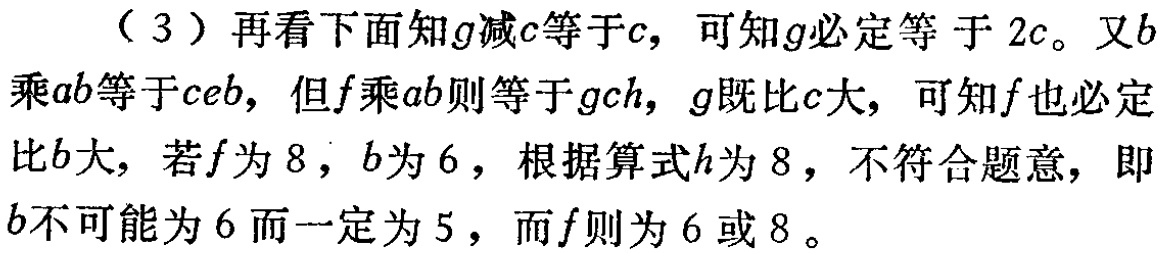
（3）再看下面知\(g\)减\(c\)等于\(c\)，可知\(g\)必定等于 \(2c\)。又\(b\)乘\(ab\)等于\(ceb\)，但\(f\)乘\(ab\)则等于\(gch\)，\(g\)既比\(c\)大，可知\(f\)也必定比\(b\)大，若\(f\)为 \(8\)，\(b\)为 \(6\)，根据算式\(h\)为 \(8\)，不符合题意，即\(b\)不可能为 \(6\)而一定为 \(5\)，而\(f\)则为 \(6\)或 \(8\)。